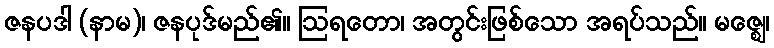
ဇနပဒါ (နာမ)၊ ဇနပုဒ်မည်၏။ ဩရတော၊ အတွင်းဖြစ်သော အရပ်သည်။ မဇ္ဈေ၊